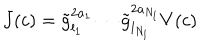
LaTeX: J ( c ) = \tilde { g } _ { l _ { 1 } } ^ { 2 a _ { 1 } } \cdots \tilde { g } _ { l _ { N _ { l } } } ^ { 2 a _ { N _ { l } } } V ( c )